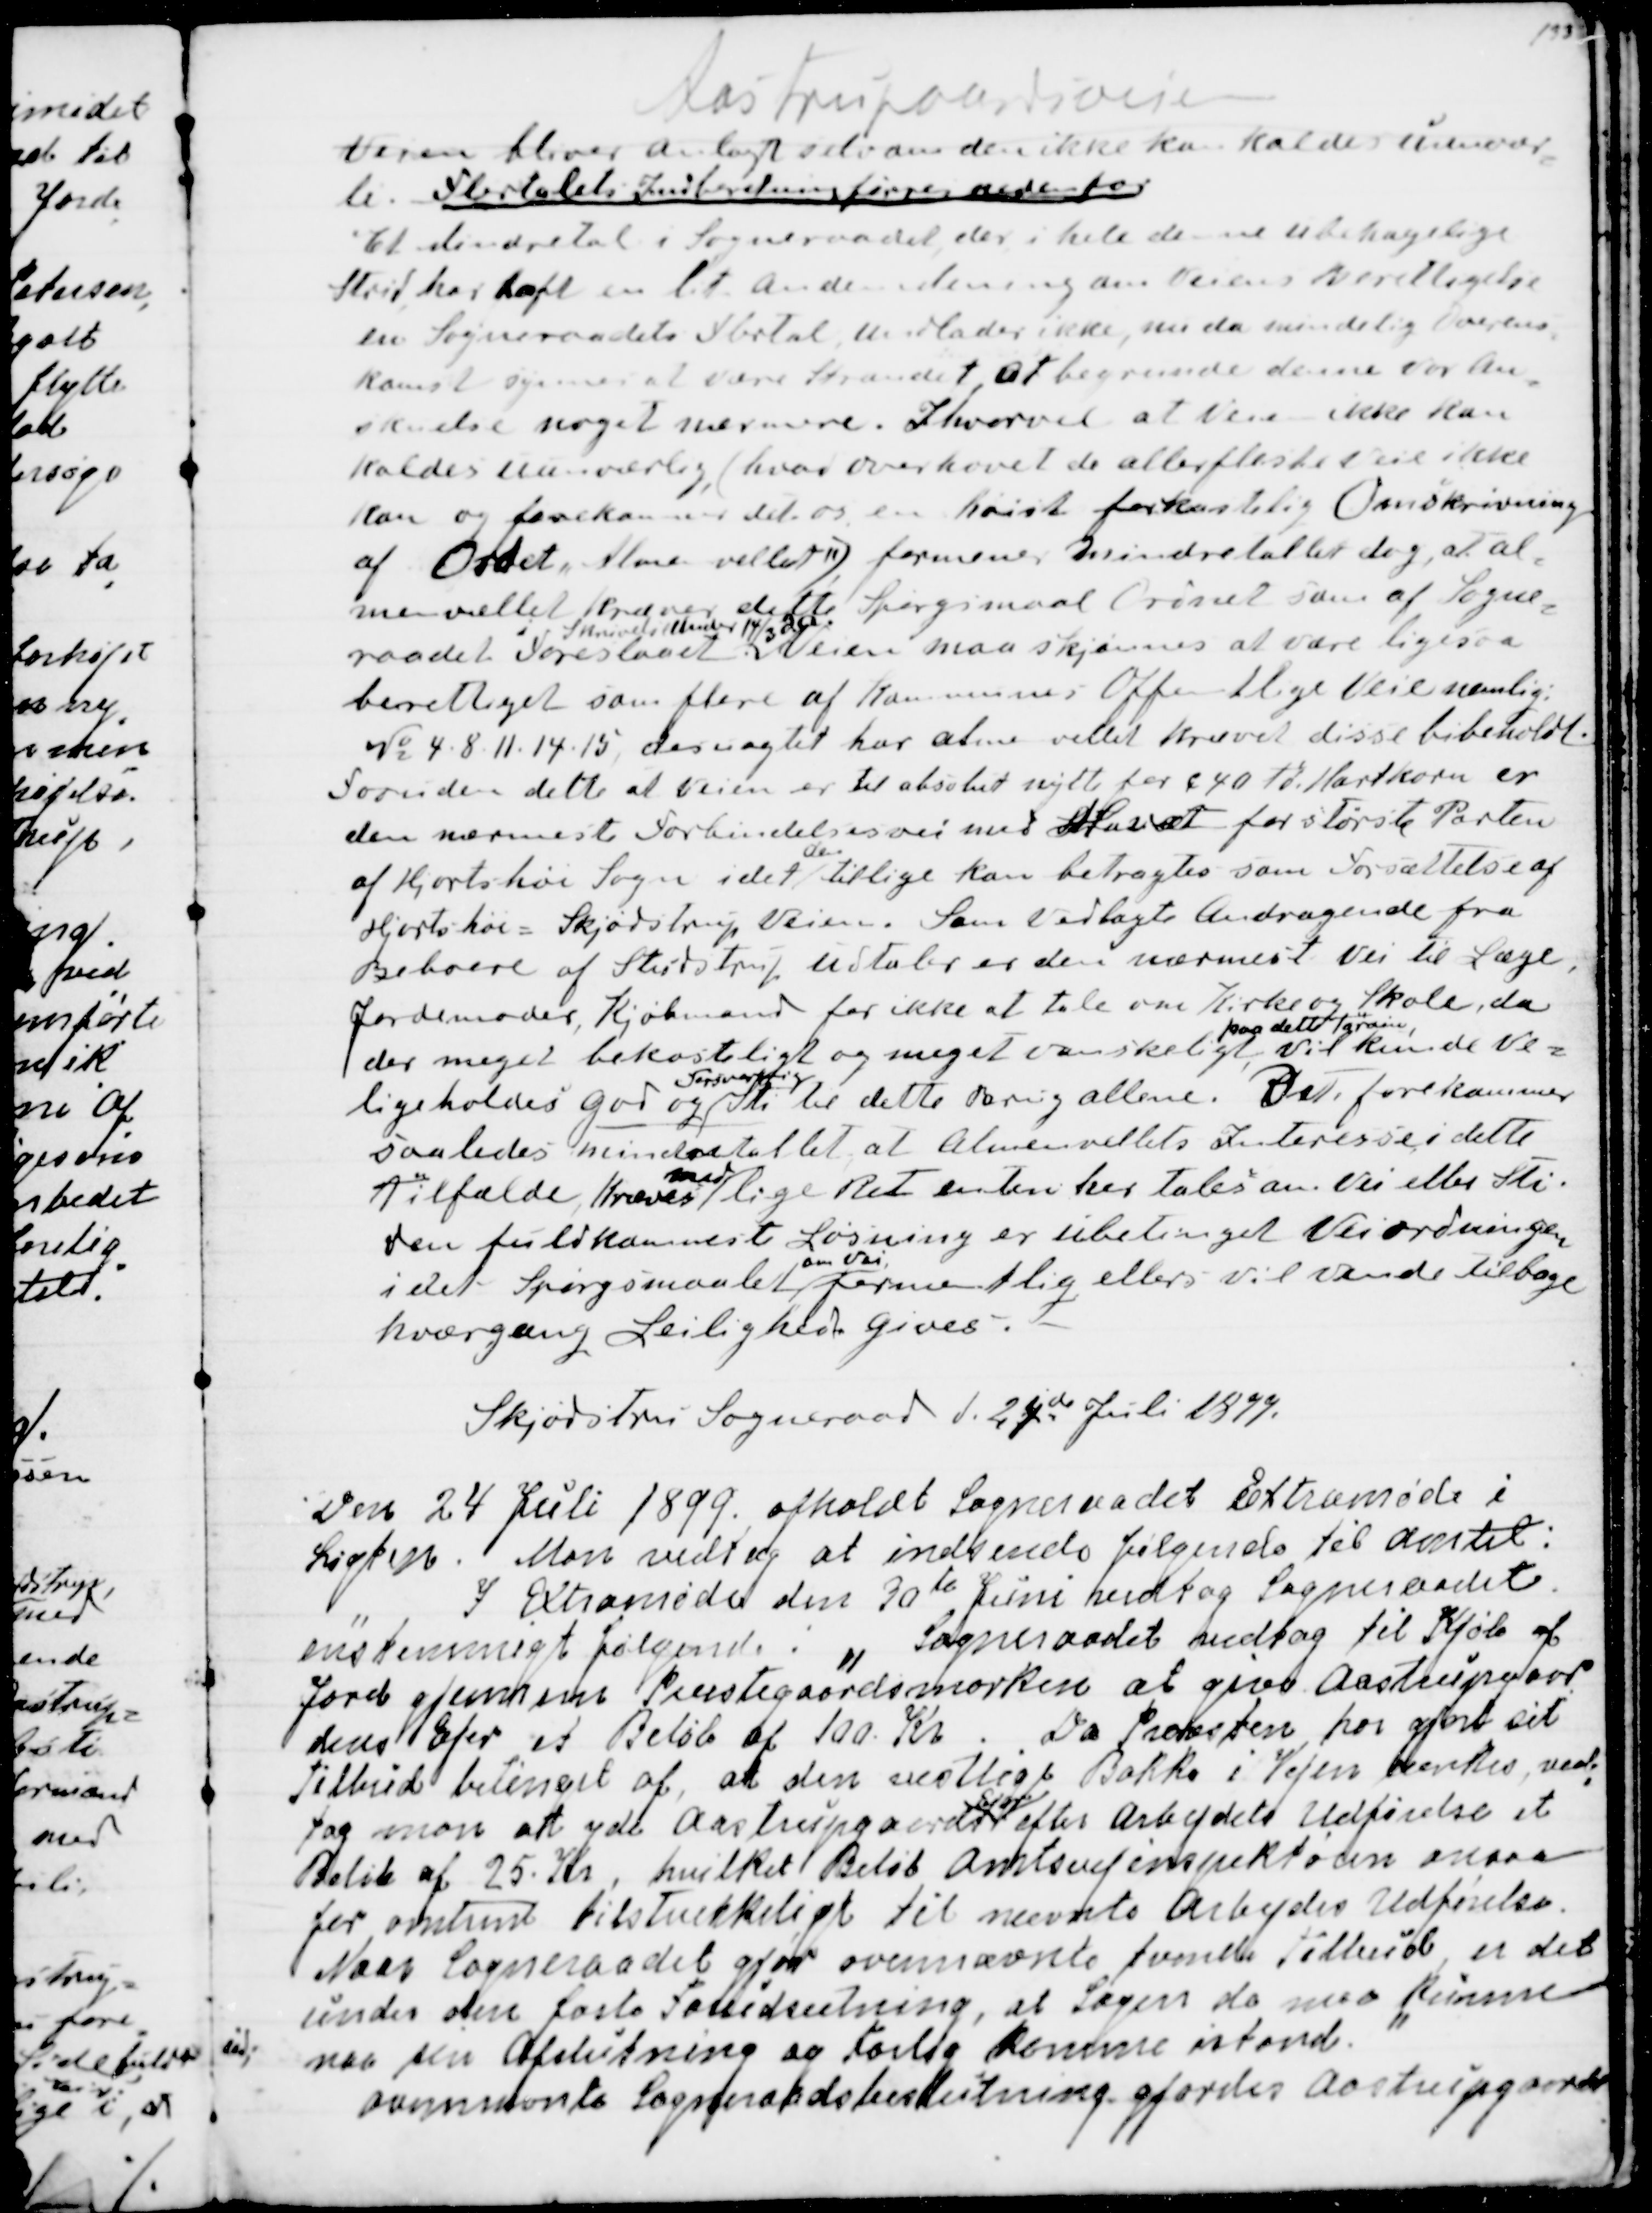
Transskription:
Aastrupgaardsveien
Veien bliver anlagt selv om den ikke kan kaldes uundvær
=
lig. Flertalets Indberetning førres nedenfor.
Et Mindretal i Sogneraadet, der i hele denne ubehagelige
Strid har haft en lit anden Mening om Veiens berettigelse
end Sogneraadets Flertal undlader ikke, nu da mindelig Overens
=
komst synes at være Strandet, at begrunde vor An
=
skuelse noget nærmere. Ihvorvel at Veien ikke kan
kaldes uundværlig, (hvad overhovedet de allerfleste Veie ikke
kan og forekommer det os en høist forkastelig Omskrivning
af Ordet. "Almenvellet") formener Mindretallet dog, at al
=
menvellet kræver dette Spørgsmaal Ordnet som af Sogne
=
raadet foreslaaet.  
i Skrivelse Under 14/3 d .A.
Veien maa skjønnes at være ligesaa
berettiget som flere af Kommunens Offentlige Veie, nemlig
№ 4. 8. 11. 14. 15, desuagtet har almenvellet krævet disse bibeholdt.
Foruden dette at Veien er til absolut nytte for c 40 tdr. Hartkorn er
den nærmeste Forbindelsesvei mod Havet for største Parten
af Hjortshøi Sogn idet 
den
tillige kan betragtes som Fortsættelse af
Hjortshøi - Skjødstrup Veien. Som vedlagte Andragende fra
Beboere af Studstrup udtaler er den nærmeste Vei til Læge,
Jordemoder, Kjøbmand for ikke at tale om Kirke og Skole, da
der meget bekosteligt og meget vanskeligt 
paa dette Tarain
vil kunde Ve=
ligeholdes god og
Forsvarlig
Sti til dette Brug allene. Det forekommer
saaledes mindretallet at Almenvellets Interesse i dette
Tilfælde kræver 
med
lige Ret enten her tales om Vei eller Sti
den fuldkommeste Løsning er ubetinget Veiordningen
idet Spørgsmaalet 
om Vei
formentlig ellers vil vende tilbage
hværgang Leilighed gives.
Skjødstrup Sogneraad d. 24de Juli 1899.

Den 24. Juli 1899 afholdt Sogneraadet Exstramøde i
Løgten. Man vedtog at indsende følgende til Amtet:
 I Extramødet den 30te Juni vedtog Sogneraadet
enstemmigt følgende: "Sogneraadet vedtog til Kjøb af
Jord gjennem Præstegaardsmarken at give Aastrupgaar
=
dens Ejer et Beløb af 100. Kr. Da Provsten har gjort sit
Tilbud betinget af, at den vestlige Bakke i Vejen jævnes, ved
=
tog man at yde Aastrupgaards 
Ejer
efter Arbejdets Udførelse et
Beløb af 25. Kr., hvilket Beløb Amtsvejinspektøren ansaa
for omtrent tilstrækkeligt til nævnte Arbejdes Udførelse.
Naar Sogneraadet gjør ovennævnte tvende Tilbud, er det
under den faste Forudsætning, at Sagen da maa kunne
naa sin Afslutning og Forlig komme istand.
Ovennævnte Sogneraadsbeslutning gjordes Aastrupgaards